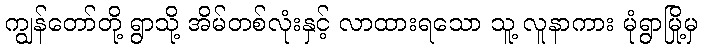
ကျွန်တော်တို့ ရွာသို့ အိမ်တစ်လုံးနှင့် လာထားရသော သူ့ လူနာကား မုံရွာမြို့မှ